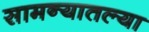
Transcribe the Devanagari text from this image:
सामन्यातल्या